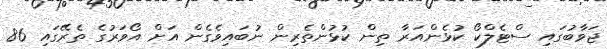
ޖަވާބުގައި ސްޓެލްކޯ ކުޅެންއަރާ ތިން ކުޅުންތެރިން ނުބައިވެގެން އަށް އޯވަރުގެ ތެރޭގައި 86